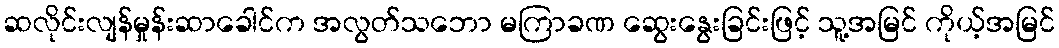
ဆလိုင်းလျန်မှုန်းဆာခေါင်က အလွတ်သဘော မကြာခဏ ဆွေးနွေးခြင်းဖြင့် သူ့အမြင် ကိုယ့်အမြင်